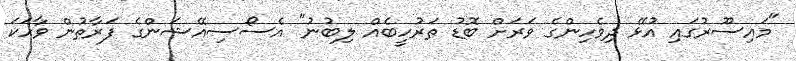
"މައިސޫރުގައި އުޅޭ ދިވެހިންގެ ވަރަށް ބޮޑު ތަރުހީބެއް ލިބުނު" އެސޯސިއޭޝަންގެ ފަރާތުން ވާހަކަ